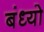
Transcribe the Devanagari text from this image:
बंध्यो